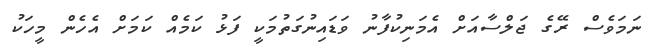
ނަމަވެސް ރޭގެ ޖަލްސާއަށް އެމަނިކުފާނު ވަޑައިނުގަތުމަކީ ފަޅު ކަމެއް ކަމަށް އެހެން މީހަކު